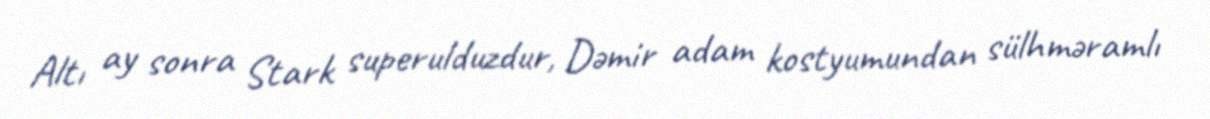
Altı ay sonra Stark superulduzdur, Dəmir adam kostyumundan sülhməramlı